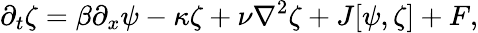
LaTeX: \partial_{t}\zeta=\beta\partial_{x}\psi-\kappa\zeta+\nu\nabla^{2}\zeta+J[\psi,\zeta]+F,